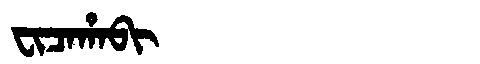
Manchu: ᠸᡳᠴᠠᡥᠠᠪᡳ
Romanization: FICAHABI